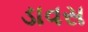
ડાવસ